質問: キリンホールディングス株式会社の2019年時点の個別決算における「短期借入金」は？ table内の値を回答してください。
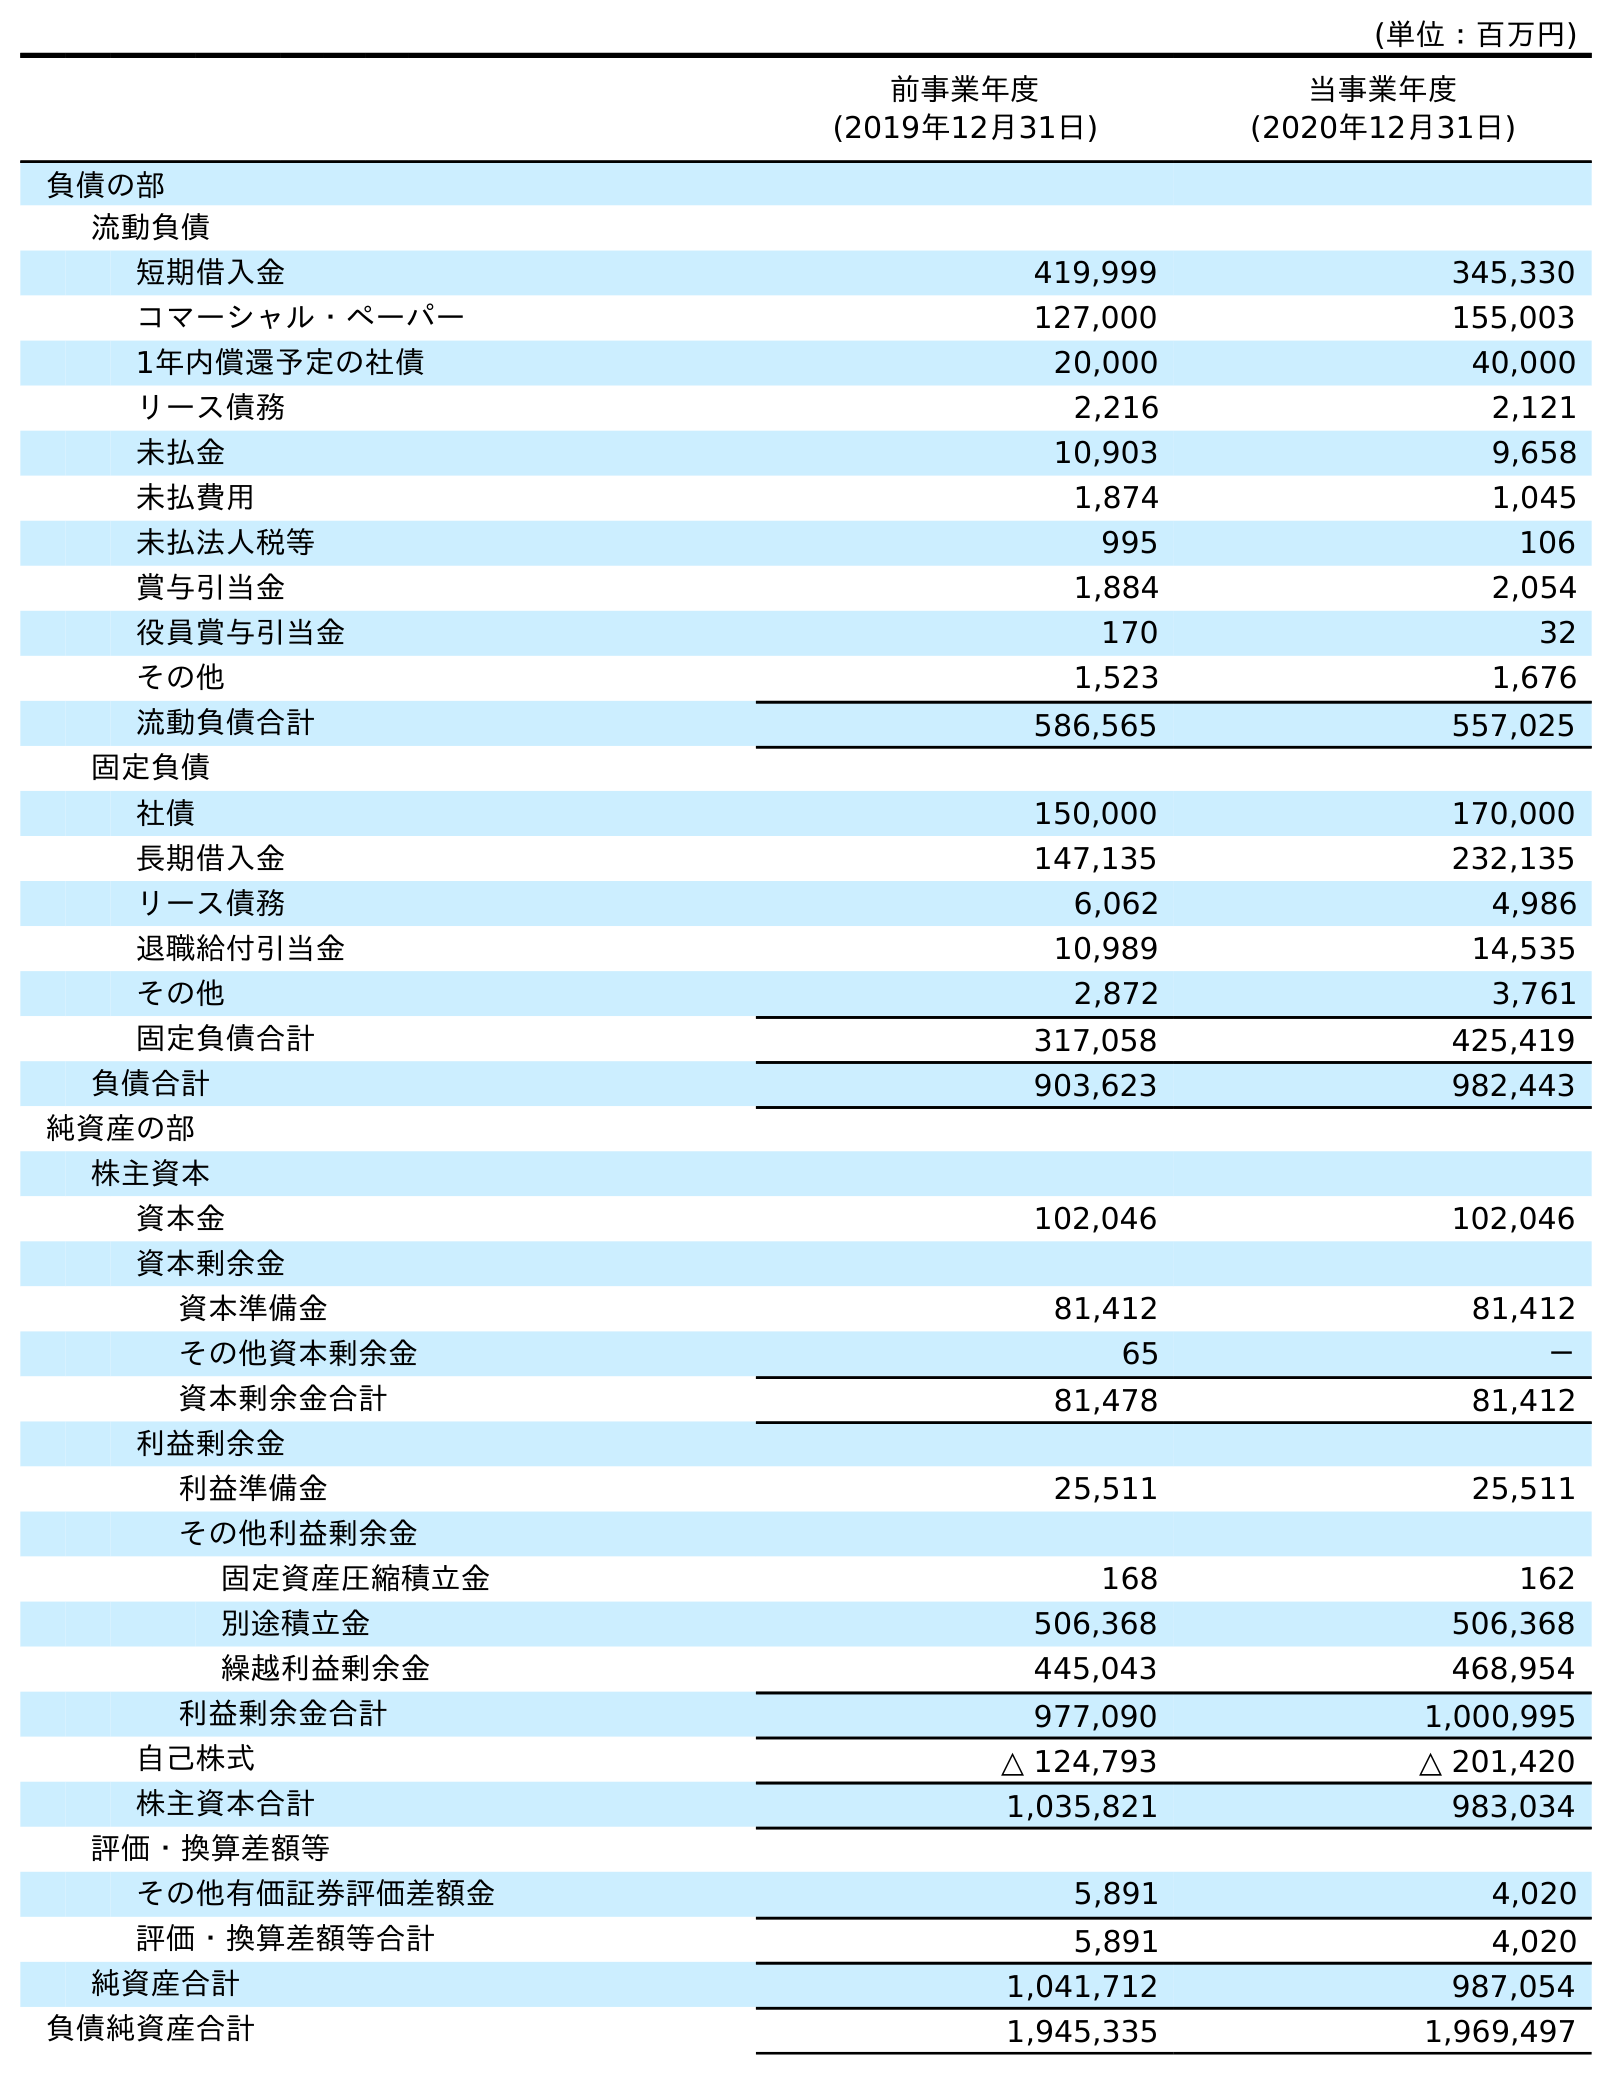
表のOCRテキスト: (単位：百万円) 前事業年度 (2019年12月31日) 当事業年度 (2020年12月31日) 負債の部 流動負債 短期借入金 419,999 345,330 コマーシャル・ペーパー 127,000 155,003 1年内償還予定の社債 20,000 40,000 リース債務 2,216 2,121 未払金 10,903 9,658 未払費用 1,874 1,045 未払法人税等 995 106 賞与引当金 1,884 2,054 役員賞与引当金 170 32 その他 1,523 1,676 流動負債合計 586,565 557,025 固定負債 社債 150,000 170,000 長期借入金 147,135 232,135 リース債務 6,062 4,986 退職給付引当金 10,989 14,535 その他 2,872 3,761 固定負債合計 317,058 425,419 負債合計 903,623 982,443 純資産の部 株主資本 資本金 102,046 102,046 資本剰余金 資本準備金 81,412 81,412 その他資本剰余金 65 － 資本剰余金合計 81,478 81,412 利益剰余金 利益準備金 25,511 25,511 その他利益剰余金 固定資産圧縮積立金 168 162 別途積立金 506,368 506,368 繰越利益剰余金 445,043 468,954 利益剰余金合計 977,090 1,000,995 自己株式 △ 124,793 △ 201,420 株主資本合計 1,035,821 983,034 評価・換算差額等 その他有価証券評価差額金 5,891 4,020 評価・換算差額等合計 5,891 4,020 純資産合計 1,041,712 987,054 負債純資産合計 1,945,335 1,969,497
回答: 419,999